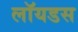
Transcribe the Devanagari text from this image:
लॉयडस